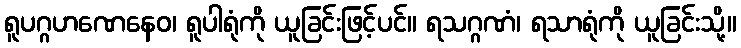
ရူပဂ္ဂဟဏေနေဝ၊ ရူပါရုံကို ယူခြင်းဖြင့်ပင်။ ရသဂ္ဂဏံ၊ ရသာရုံကို ယူခြင်းသို့။